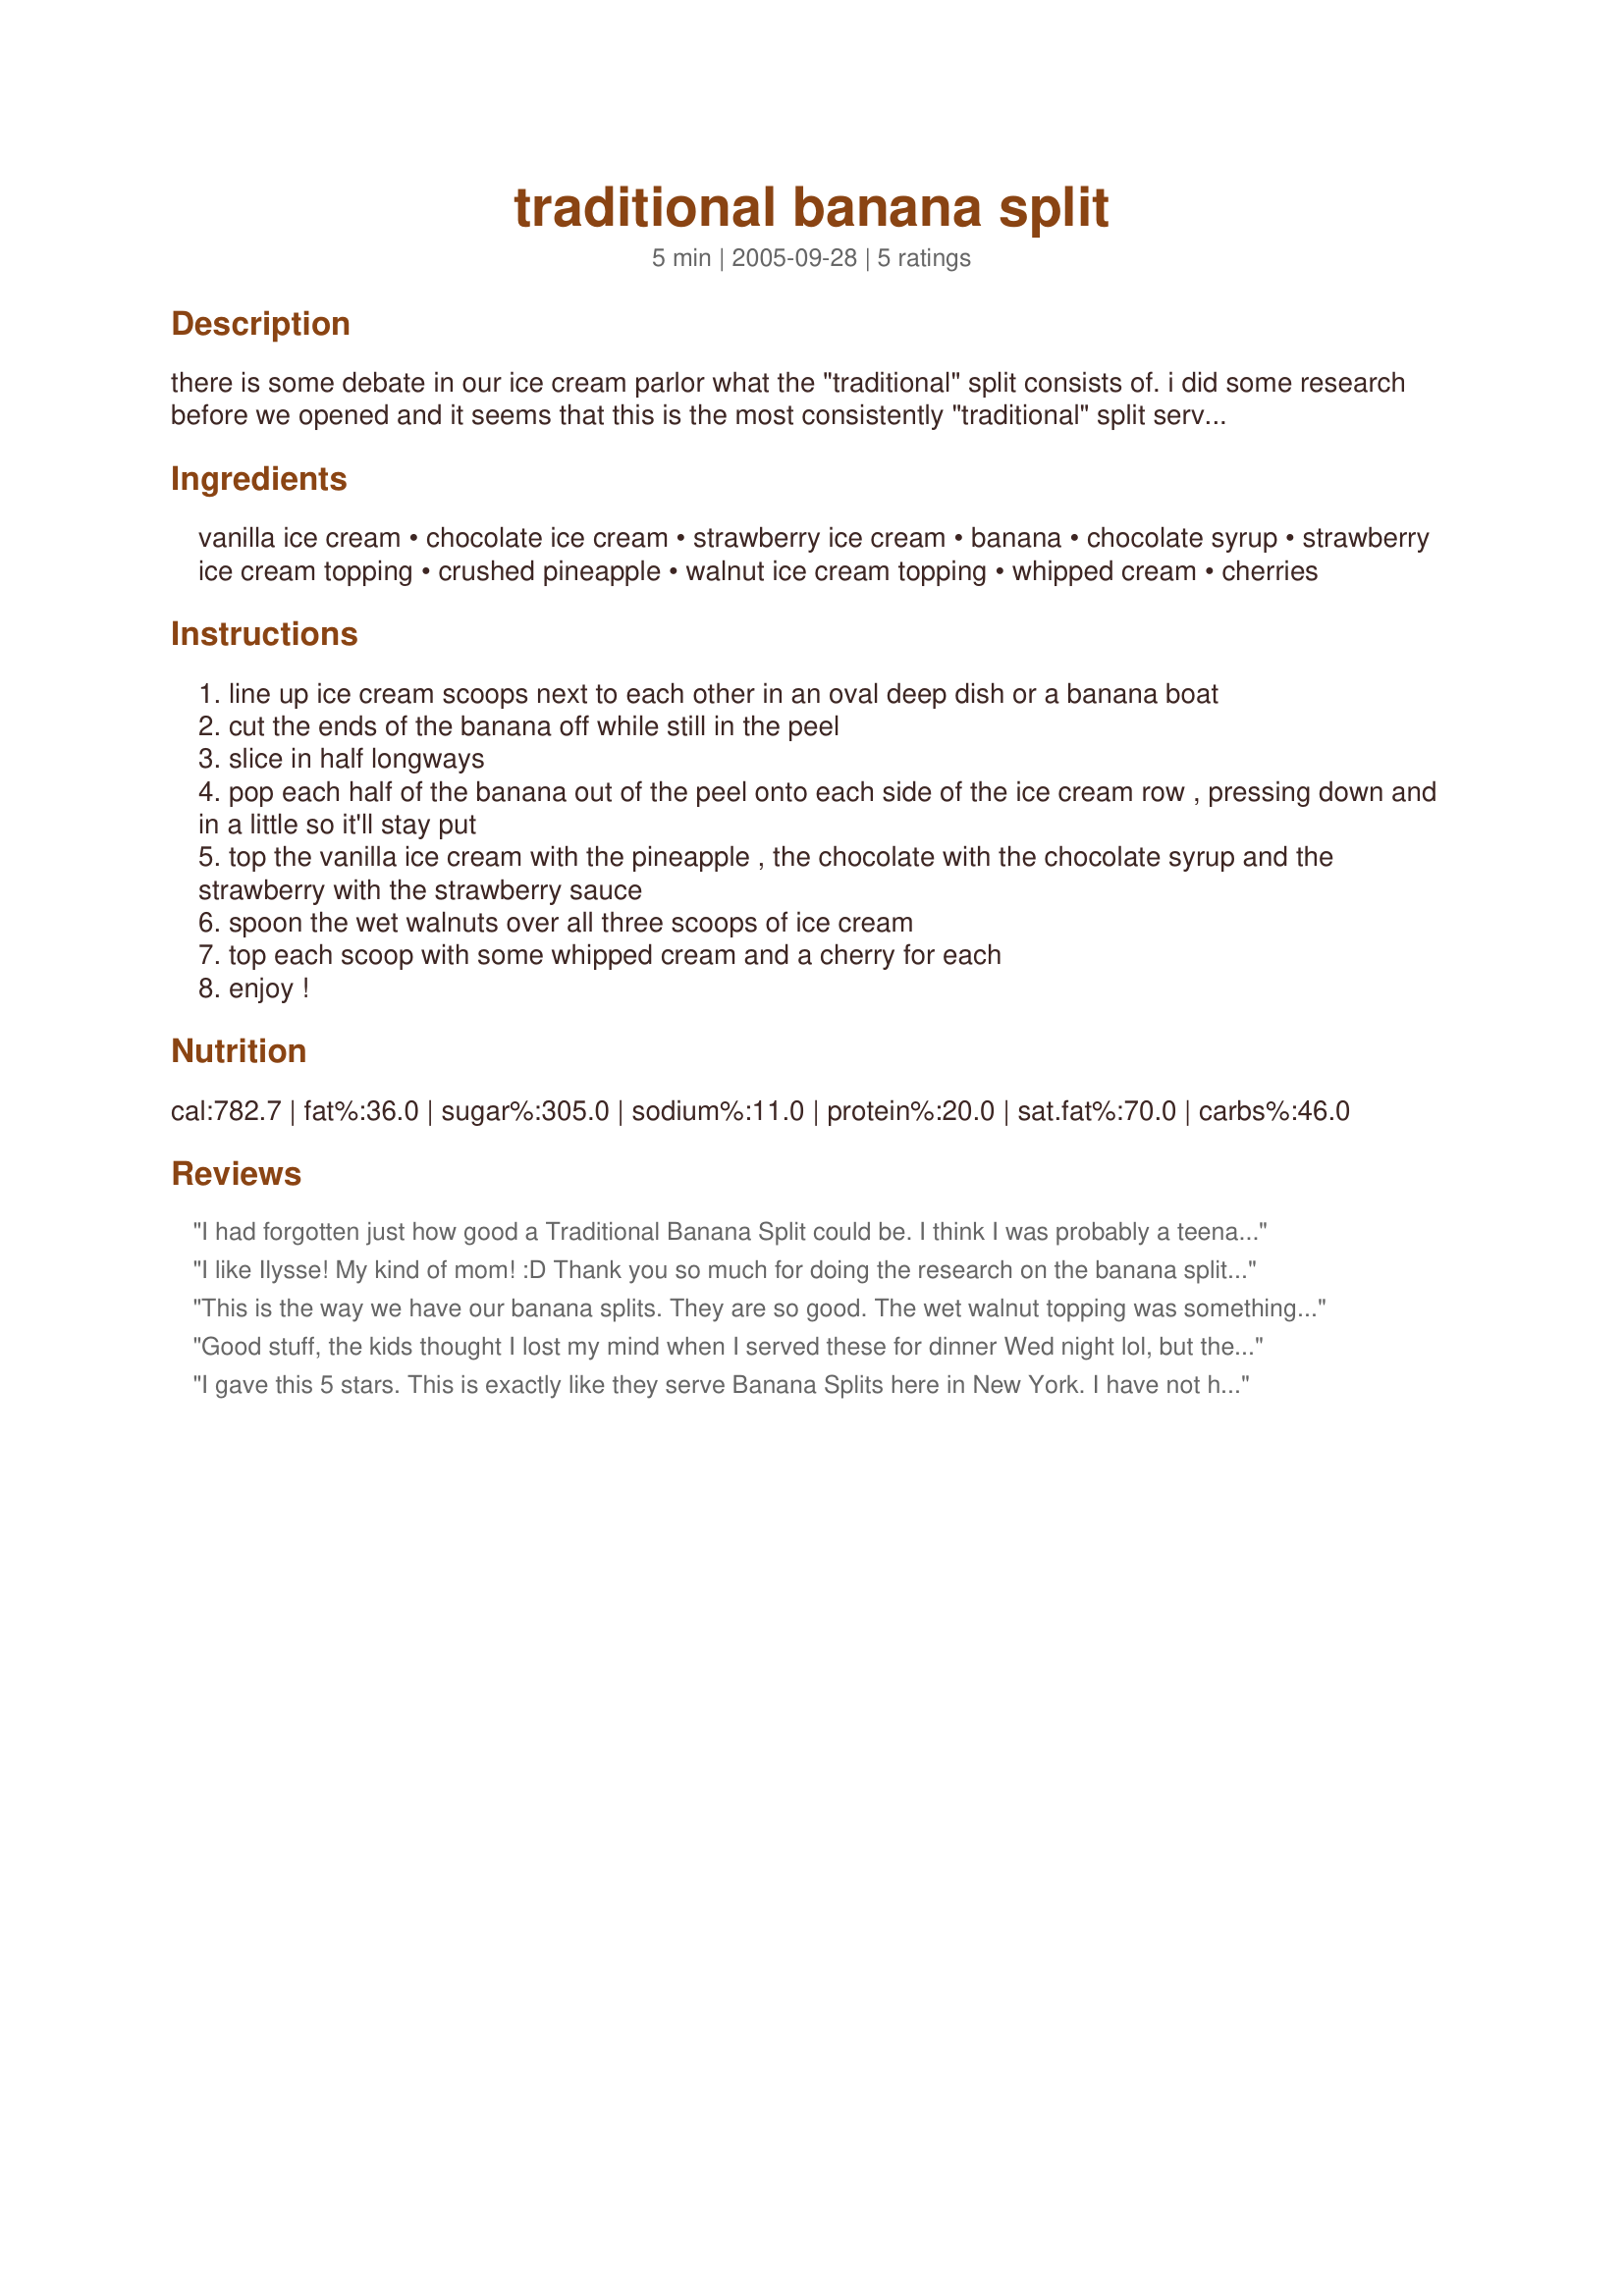
traditional banana split
Preparation time: 5 minutes

there is some debate in our ice cream parlor what the "traditional" split consists of. i did some research before we opened and it seems that this is the most consistently "traditional" split served, even though some have marshmallow, peanuts, crushed cherries and more. i prefer hot fudge over the chocolate syrup, personally :p

Ingredients:
vanilla ice cream, chocolate ice cream, strawberry ice cream, banana, chocolate syrup, strawberry ice cream topping, crushed pineapple, walnut ice cream topping, whipped cream, cherries

Steps:
line up ice cream scoops next to each other in an oval deep dish or a banana boat
cut the ends of the banana off while still in the peel
slice in half longways
pop each half of the banana out of the peel onto each side of the ice cream row , pressing down and in a little so it'll stay put
top the vanilla ice cream with the pineapple , the chocolate with the chocolate syrup and the strawberry with the strawberry sauce
spoon the wet walnuts over all three scoops of ice cream
top each scoop with some whipped cream and a cherry for each
enjoy !

Reviews:
I had forgotten just how good a Traditional Banana Split could be. I think I was probably a teenager that last time I had one. I thought I had walnuts here and I didn't, so I had to skip them. I had an idea on how to make the "wet" walnut topping. I thought I would toast a few walnut pieces and soak them in Torani Vanilla syrup. Hopefully I'll get to try that soon. Thanks for the memories Karen=^..^= ! Nick's Mom
I like Ilysse! My kind of mom! :D

Thank you so much for doing the research on the banana split! I've wanted to know this for quite a while, but never remembered to look it up. This sounds simply delicious and will be on the dessert menu for tonight. :D
This is the way we have our banana splits. They are so good. The wet walnut topping was something we hadn't had before so I used recipe #243235 Wet Nuts Ice Cream Topping.

Thanks Karen. 

Bullwinkle.
Good stuff, the kids thought I lost my mind when I served these for dinner Wed night lol, but they were really good. Personally, I think it was healthier than fast food (omega3s from the nuts, calcium from the ice cream - I used low fat but frozen yogurt would be good too if you can find the right flavors - and fruit from the banana, strawberries and pineapple) and it's better to eat it for dinner than try to shove it in on top of a full meal. :) Will make them again, maybe for breakfast ;)
I gave this 5 stars. This is exactly like they serve Banana Splits here in New York. I have not had one since I was a kid. Brings back memories. I can't wait for summer to make these for kids. Thanks for posting! Christine (internetnut)
